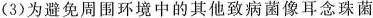
(3)为避免周围环境中的其他致病菌像耳念珠菌